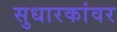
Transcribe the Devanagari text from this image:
सुधारकांवर